Alma_Vaarman, lk 12
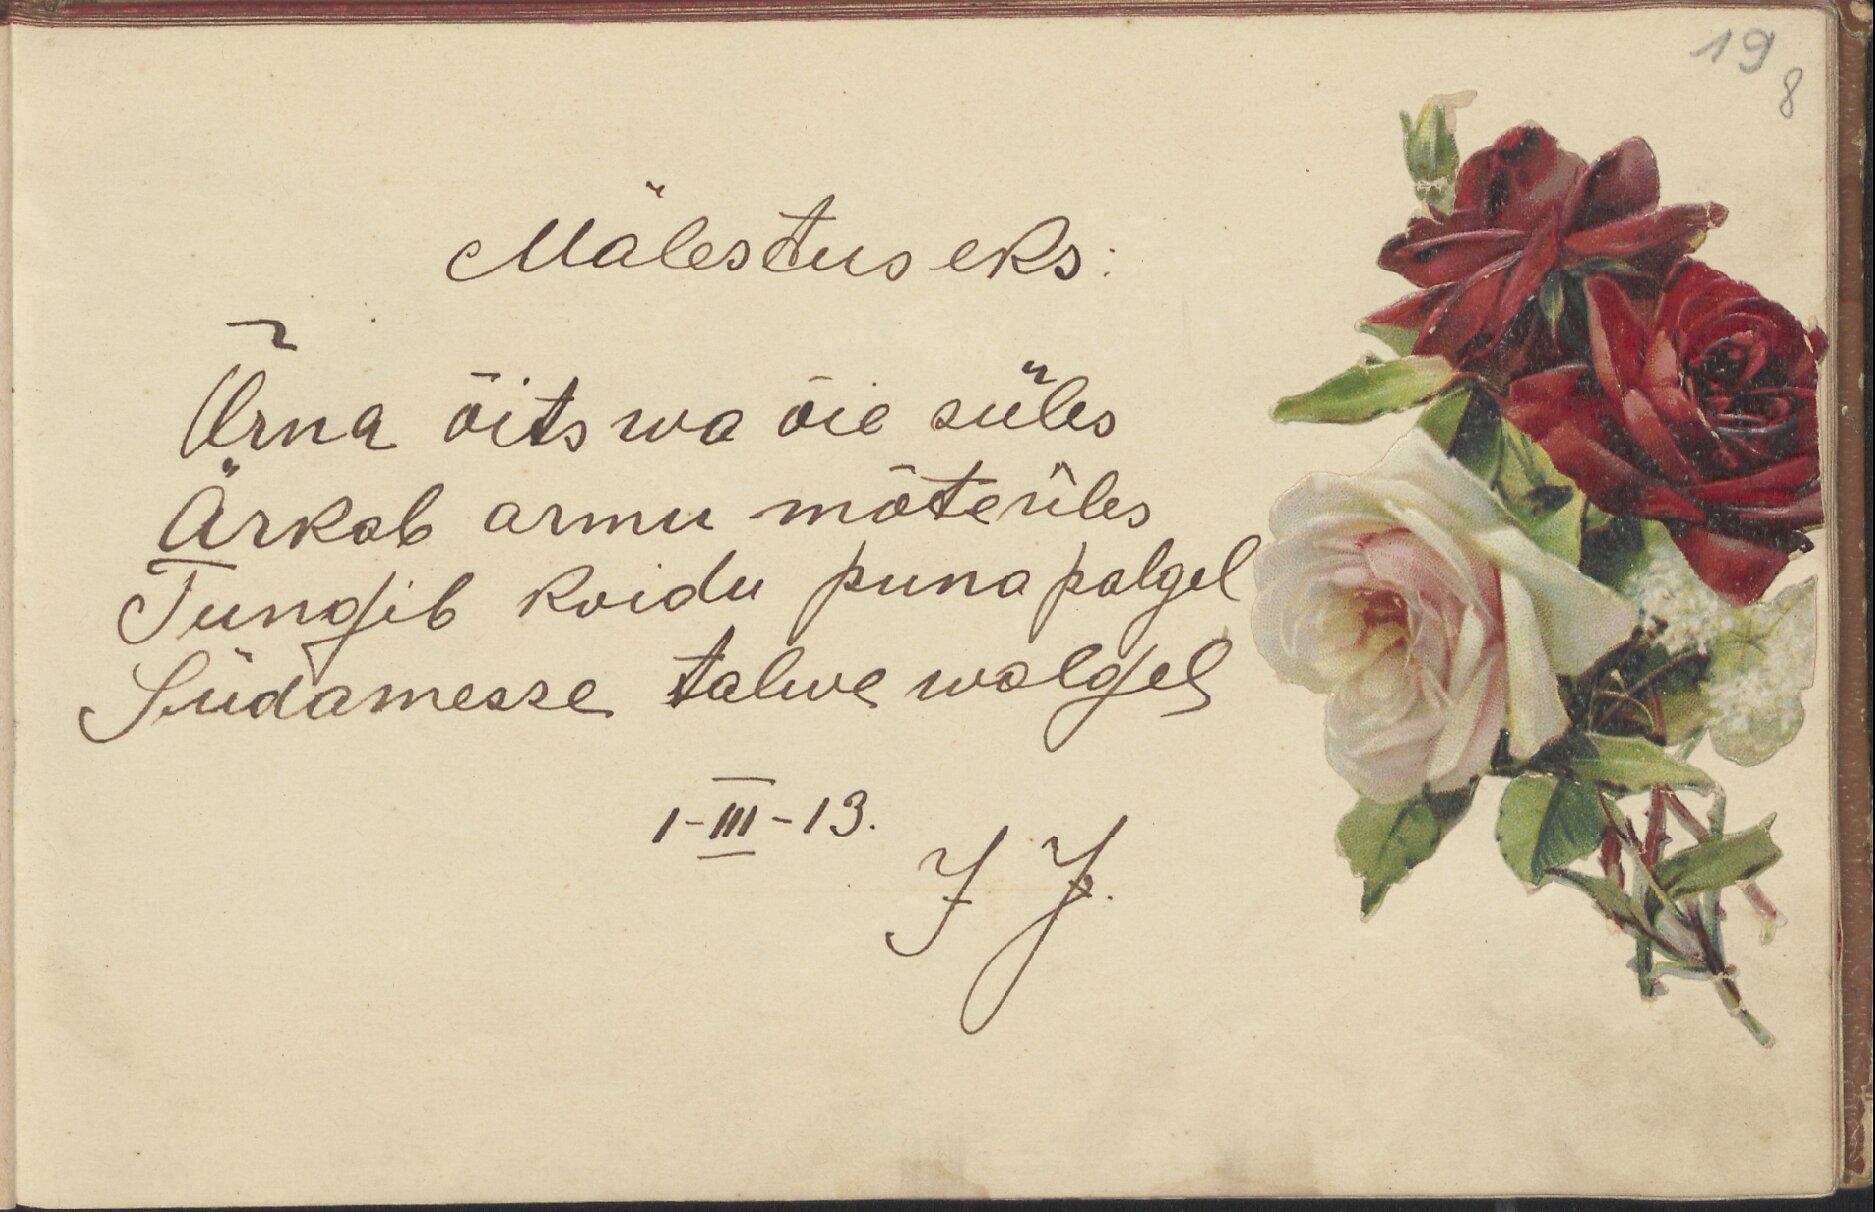
19
8

Mälestuseks.
Õrna õitswa õie süles
Ärkab armu mõte üles
Tungib koidu punapalgel,
Südamesse talwe walgel
1-III -13.
IJ.